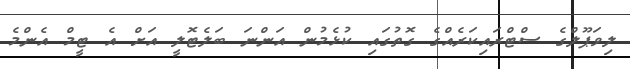
ލިވަޕޫލްގެ ސްޓްރައިކަރެއްގެ ގޮތުގައި ކުޅެމުން އަންނަ ބަލެޓޮލީ އަށް އެ ޓީމް އެންމެ